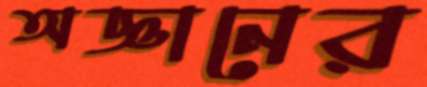
অজ্ঞানের